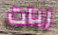
ربات